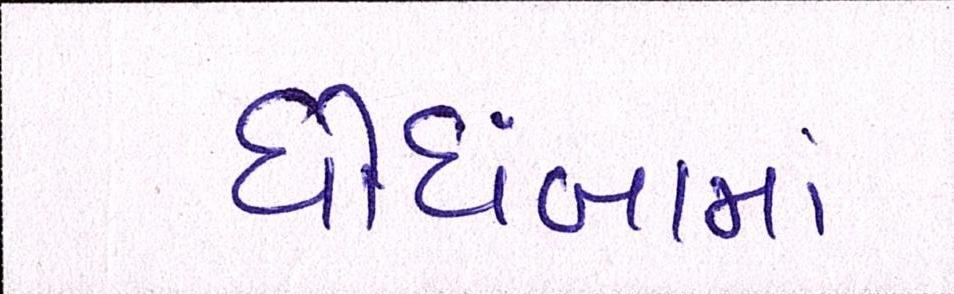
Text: ઘોઘંબામાં